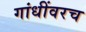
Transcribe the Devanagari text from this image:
गांधींवरच